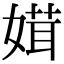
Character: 媶